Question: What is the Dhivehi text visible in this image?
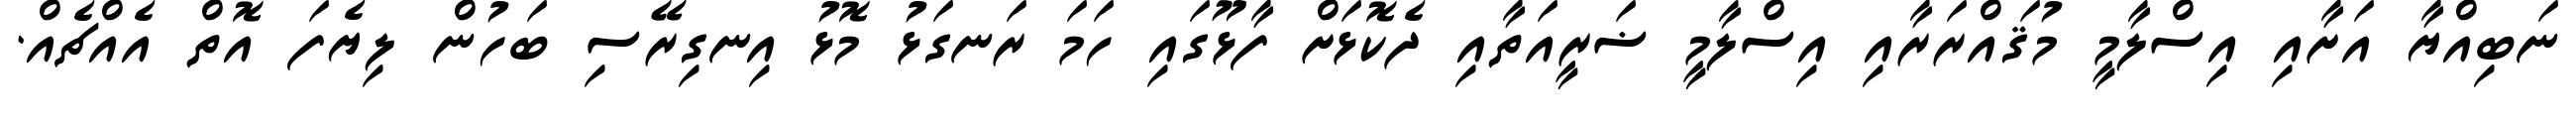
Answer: ނަބިއްޔާ އަށާއި އިސްލާމީ މުޤައްރަރާއި އިސްލާމީ ޟަރީއަތާއި ދެކޮޅަށް ފާޅޫގައި ހަމަ ރަނގަޅު މޮޅު އިނގިރޭސި ބަހުން ލިޔެފަ އޮތް އެއްޗެއް.